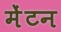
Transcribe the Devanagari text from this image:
मेंटन